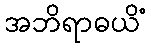
အဘိရာဓယိံ